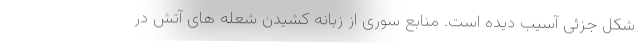
شکل جزئی آسیب دیده است. منابع سوری از زبانه کشیدن شعله های آتش در